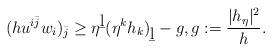
LaTeX: \begin{align*}(hu^{i\bar j}w_i)_{\bar j}\ge \eta^{\b l}(\eta^k h_k)_{\b l}-g,g:=\frac{|h_\eta|^2}{h}.\end{align*}